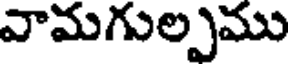
వామగుల్పము